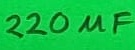
Text: 220µF